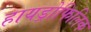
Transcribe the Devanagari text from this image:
हायड्रोफिलिक